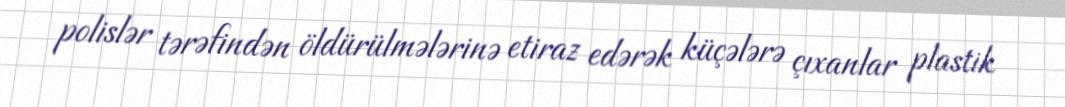
polislər tərəfindən öldürülmələrinə etiraz edərək küçələrə çıxanlar plastik